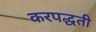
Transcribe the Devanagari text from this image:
करपद्धती